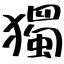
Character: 獨